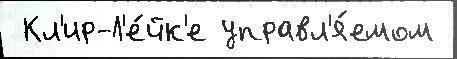
 Кл'ир-Л'е́йк'е управл'я́емом